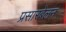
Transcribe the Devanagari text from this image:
प्रसारबेलन